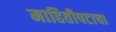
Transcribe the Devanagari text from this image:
माहितीपटाचा